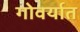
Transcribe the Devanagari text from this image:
गोवर्यात